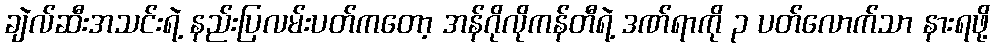
ချဲလ်ဆီးအသင်းရဲ့ နည်းပြလမ်းပတ်ကတော့ အန်ဂိုလိုကန်တီရဲ့ ဒဏ်ရာကို ၃ ပတ်လောက်သာ နားရဖို့